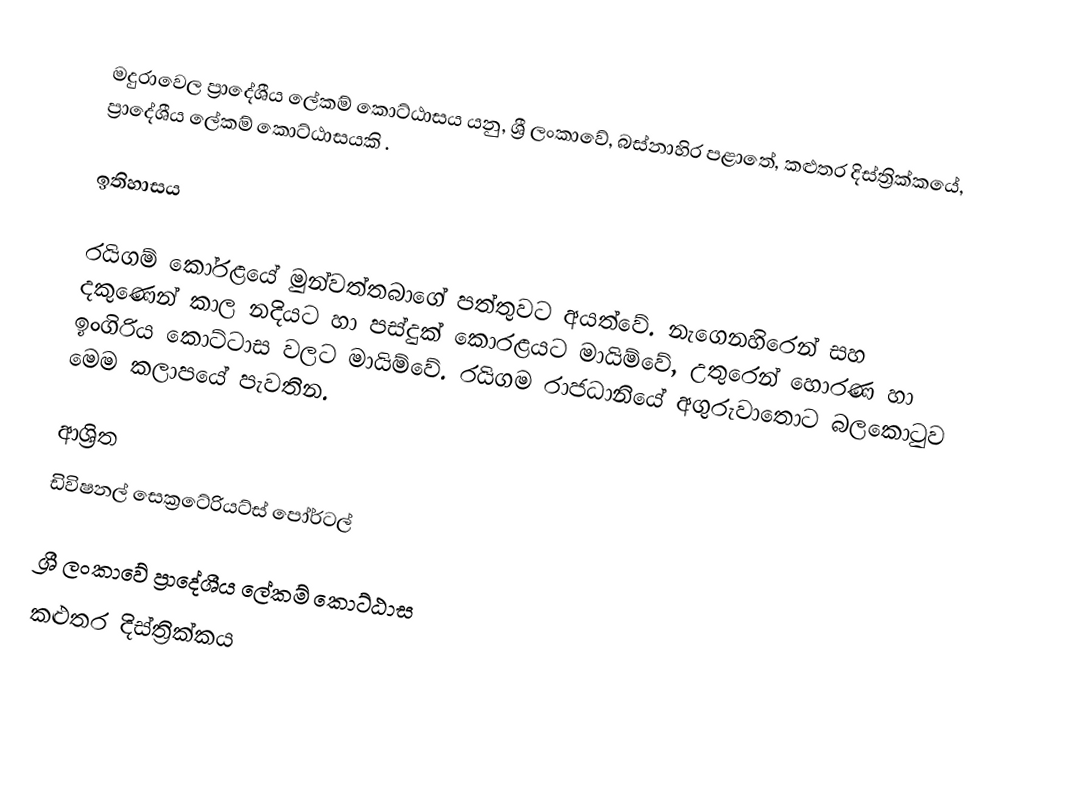
මදුරාවෙල ප්‍රාදේශීය ලේකම් කොට්ඨාසය යනු,  ශ්‍රී ලංකාවේ, බස්නාහිර පළාතේ,   කළුතර දිස්ත්‍රික්කයේ, ප්‍රාදේශීය ලේකම් කොට්ඨාසයකි .

ඉතිහාසය

රයිගම් කෝරළයේ මුන්වත්තබාගේ පත්තුවට අයත්වේ. නැගෙනහිරෙන් සහ දකුණෙන් කාල නදියට හා පස්දුක් කොරළයට මායිම්වේ, උතුරෙන් හොරණ හා ඉංගිරිය කොට්ටාස වලට මායිම්වේ. රයිගම රාජධානියේ අගුරුවාතොට බලකොටුව මෙම කලාපයේ පැවතින.

ආශ්‍රිත
 ඩිවිෂනල් සෙක්‍රටේරියට්ස් පෝර්ටල්

ශ්‍රී ලංකාවේ ප්‍රාදේශීය ලේකම් කොට්ඨාස
කළුතර දිස්ත්‍රික්කය